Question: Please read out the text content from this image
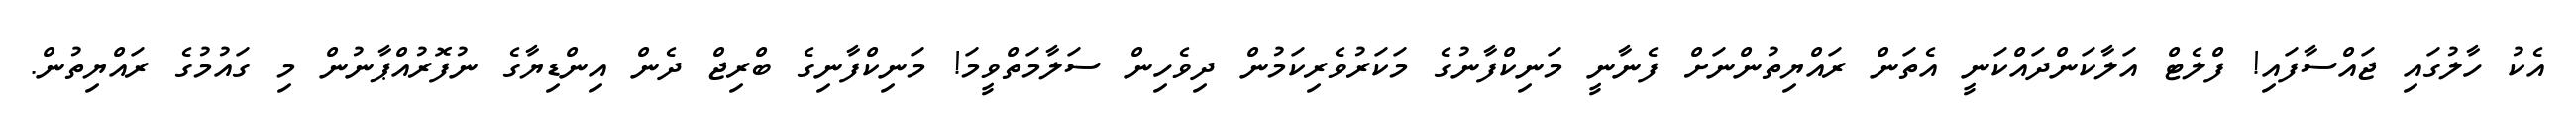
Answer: އެކު ހާލުގައި ޖައްސާފައި! ފްލެޓް އަލާކަންދައްކަނީ އެތަން ރައްޔިތުންނަށް ފެނާނީ މަނިކްފާނުގެ މަކަރުވެރިކަމުން ދިވެހިން ސަލާމަތްވީމަ! މަނިކްފާނިގެ ބްރިޖް ދެން އިންޑިޔާގެ ނުފޮރުއްޕާނުން މި ގައުމުގެ ރައްޔިތުން.